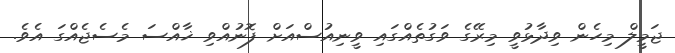
ޖަމީލް މިހެން ވިދާޅުވީ މިރޭގެ ވަގުތެއްގައި ވީނިއުސްއަށް ފޮނުއްވި ޚާއްސަ މެސެޖެއްގަ އެވެ.